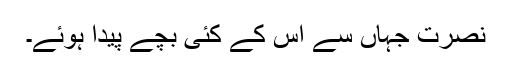
نصرت جہاں سے اس کے کئی بچے پیدا ہوئے۔